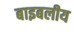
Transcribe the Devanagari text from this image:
बाइबलीय